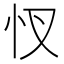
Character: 㣾